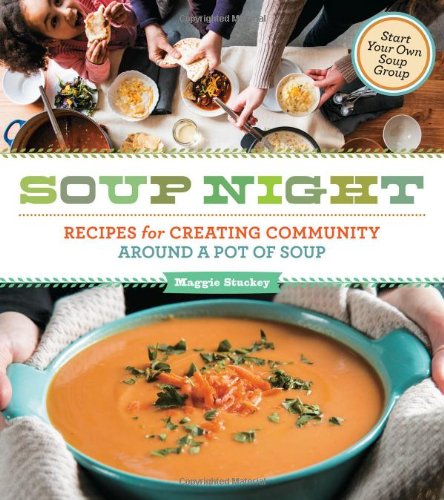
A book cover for Soup Night: Recipes for Creating Community Around a Pot of Soup; Maggie Stuckey; Cookbooks, Food & Wine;